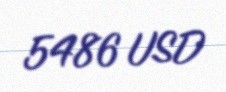
5486 USD